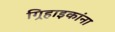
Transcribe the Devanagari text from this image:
गिर्‍हाइकांना